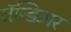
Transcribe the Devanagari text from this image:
वॅन्डिअर